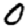
Digit: 0